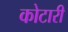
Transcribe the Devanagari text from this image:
कोटारी